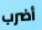
أضرب